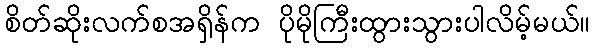
စိတ်ဆိုးလက်စအရှိန်က ပိုမိုကြီးထွားသွားပါလိမ့်မယ်။